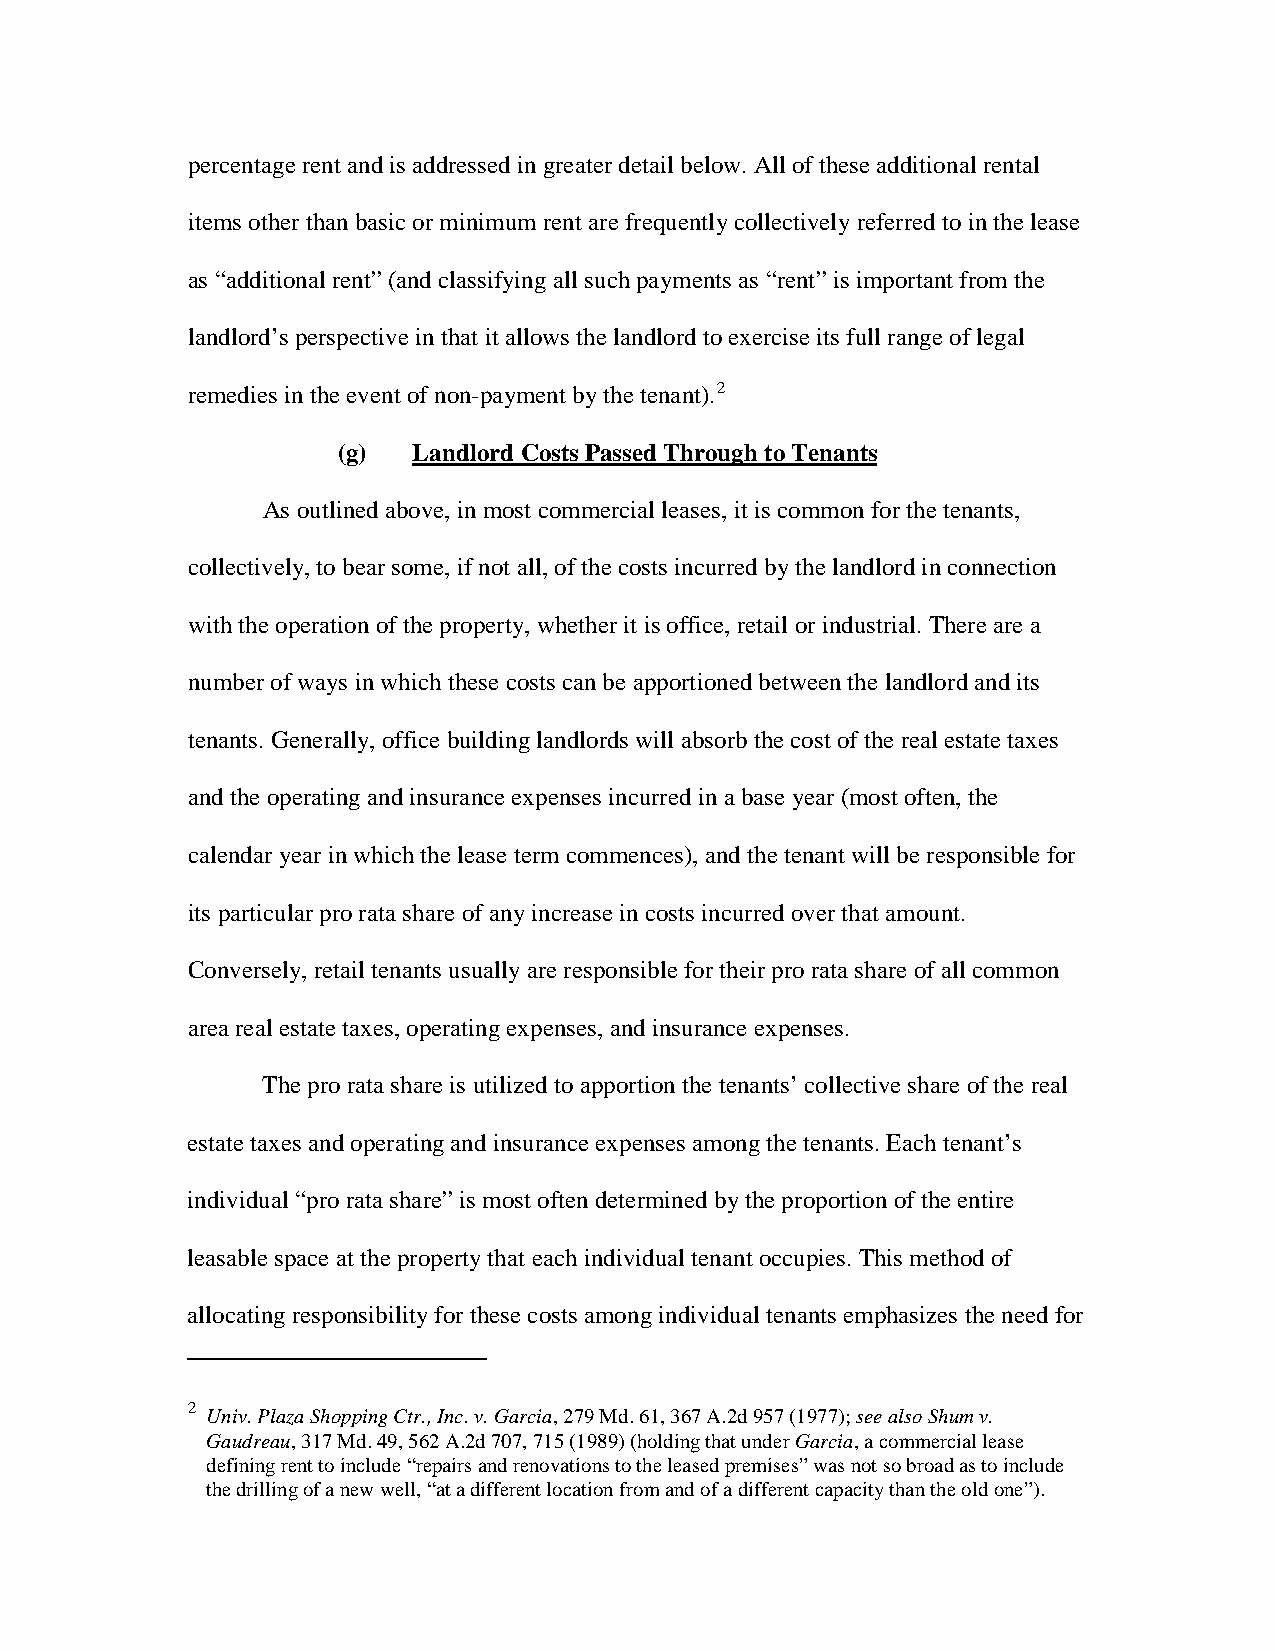
percentage rent and is addressed in greater detail below. All of these additional rental
 items other than basic or minimum rent are frequently collectively referred to in the lease
 as “additional rent” (and classifying all such payments as “rent” is important from the
 landlord’s perspective in that it allows the landlord to exercise its full range of legal
 remedies in the event of non-payment by the tenant).2
 (g)  Landlord Costs Passed Through to Tenants
 As outlined above, in most commercial leases, it is common for the tenants,
 collectively, to bear some, if not all, of the costs incurred by the landlord in connection
 with the operation of the property, whether it is office, retail or industrial. There are a
 number of ways in which these costs can be apportioned between the landlord and its
 tenants. Generally, office building landlords will absorb the cost of the real estate taxes
 and the operating and insurance expenses incurred in a base year (most often, the
 calendar year in which the lease term commences), and the tenant will be responsible for
 its particular pro rata share of any increase in costs incurred over that amount.
 Conversely, retail tenants usually are responsible for their pro rata share of all common
 area real estate taxes, operating expenses, and insurance expenses.
 The pro rata share is utilized to apportion the tenants’ collective share of the real
 estate taxes and operating and insurance expenses among the tenants. Each tenant’s
 individual “pro rata share” is most often determined by the proportion of the entire
 leasable space at the property that each individual tenant occupies. This method of
 allocating responsibility for these costs among individual tenants emphasizes the need for
 2
 Univ. Plaza Shopping Ctr., Inc. v. Garcia, 279 Md. 61, 367 A.2d 957 (1977); see also Shum v.
 Gaudreau, 317 Md. 49, 562 A.2d 707, 715 (1989) (holding that under Garcia, a commercial lease
 defining rent to include “repairs and renovations to the leased premises” was not so broad as to include
 the drilling of a new well, “at a different location from and of a different capacity than the old one”).